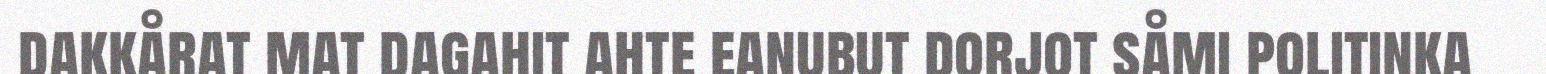
dakkårat mat dagahit ahte eanubut dorjot såmi politinka